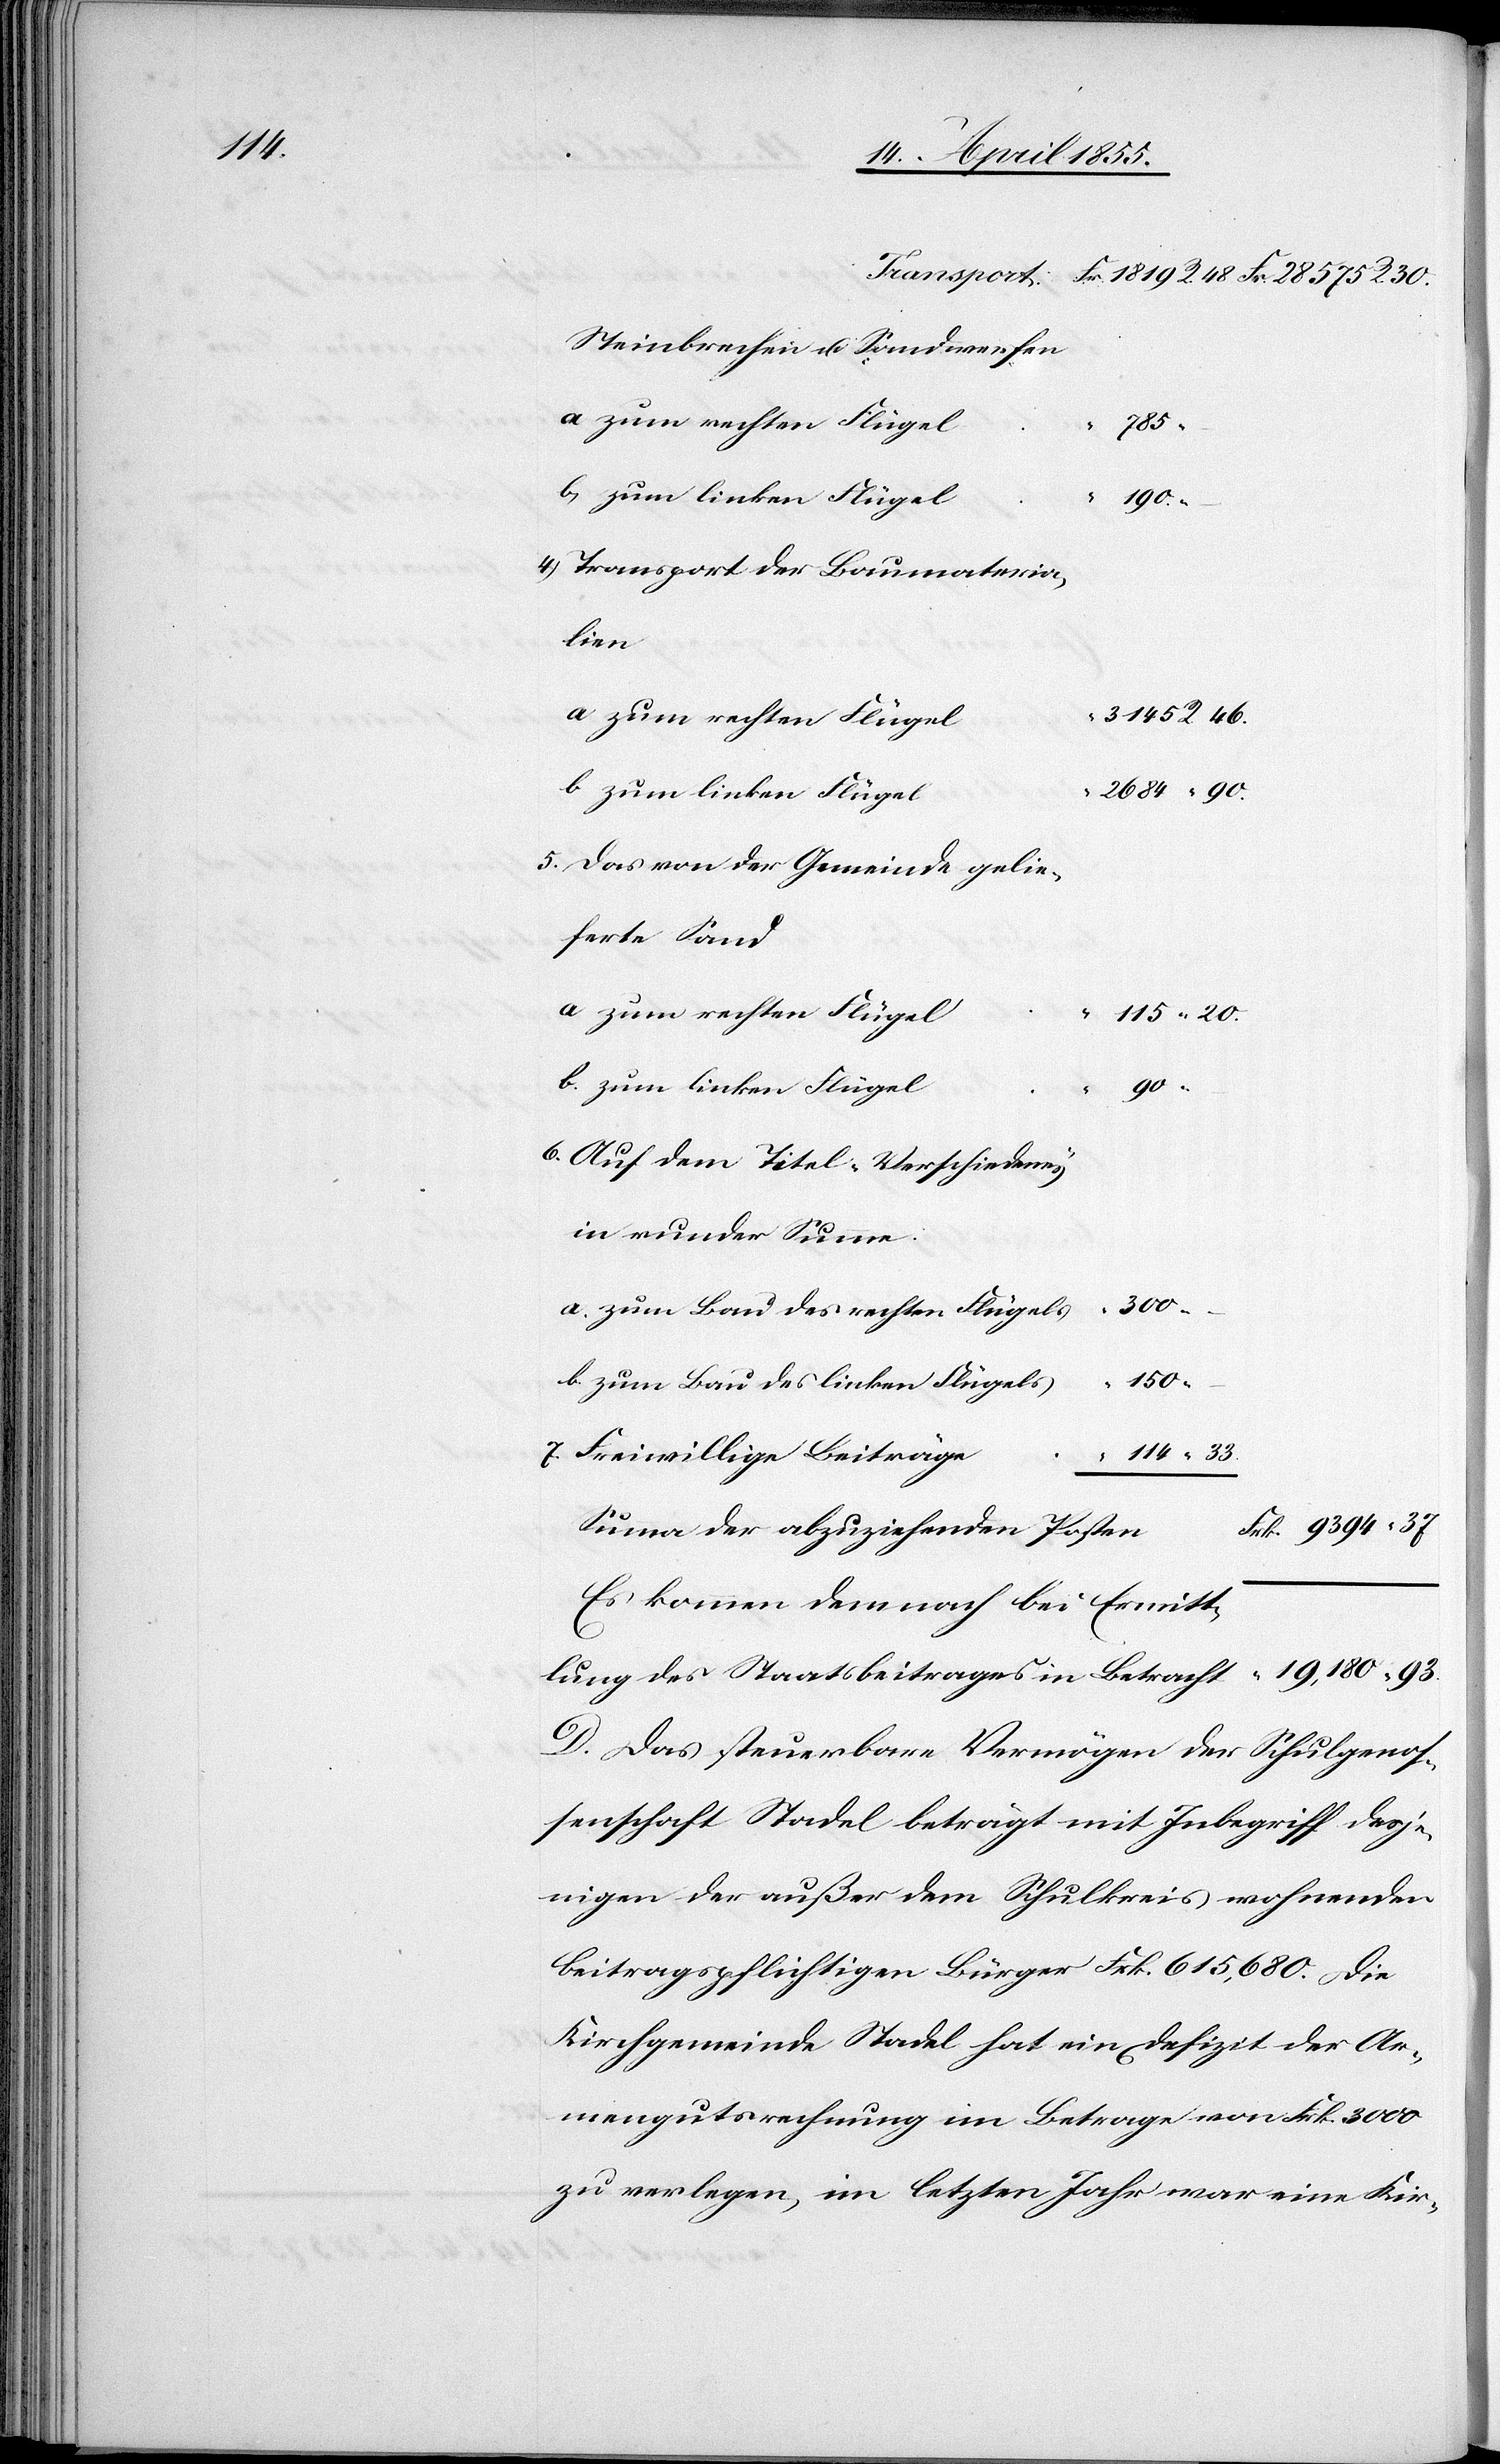
114

Steinbrechen u. Sandwerfen
a. zum rechten Flügel
33.
b. zum linken Flügel
190.
4) Transport der Baumateria¬
lien
“ 3145 R. 46.
a zum rechten Flügel
b zum linken Flügel
2684 “ 90.
5. Das von der Gemeinde gelie¬
ferte Sand
a zum rechten Flügel
“ 115 “ 20.
b. zum linken Flügel
90
6. Auf dem Titel „Verschiedenes“
in runder Summe:
a. zum Bau des rechten Flügels
b. zum Bau des linken Flügels
150
7. Freiwillige Beiträge
Frk. 9394 [R.]
Summa der abzuziehenden Posten
Es kommen demnach bei Ermitt¬
lung des Staatsbeitrages in Betracht
D. Das steuerbare Vermögen der Schulgenos¬
senschaft Stadel beträgt mit Inbegriff desje¬
nigen der außer dem Schulkreis wohnenden
beitragspflichtigen Bürger Frk. 615,680. Die
Kirchgemeinde Stadel hat ein Defizit der Ar¬
mengutsrechnung im Betrage von Frk. 3000
zu verlegen, im letzten Jahr war eine Kir-